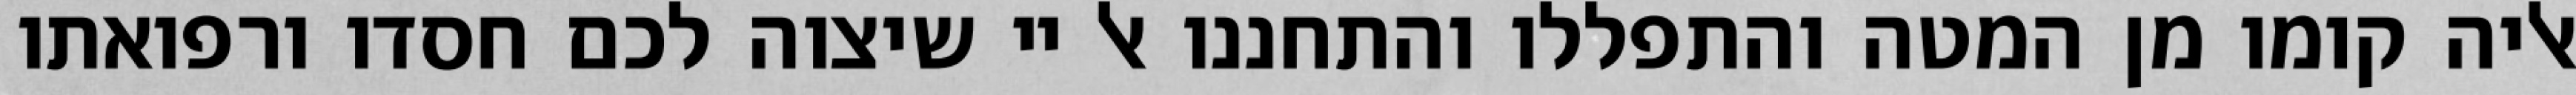
אליה קומו מן המטה והתפללו והתחננו אל יי שיצוה לכם חסדו ורפואתו